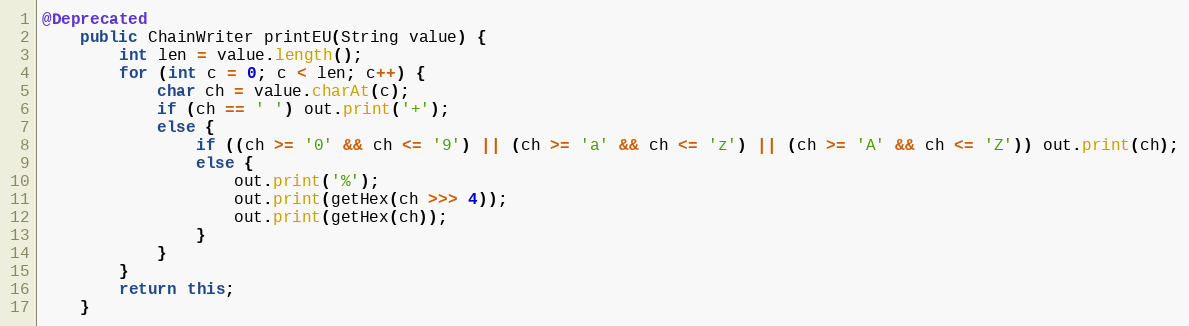
Language: Java
@Deprecated
	public ChainWriter printEU(String value) {
		int len = value.length();
		for (int c = 0; c < len; c++) {
			char ch = value.charAt(c);
			if (ch == ' ') out.print('+');
			else {
				if ((ch >= '0' && ch <= '9') || (ch >= 'a' && ch <= 'z') || (ch >= 'A' && ch <= 'Z')) out.print(ch);
				else {
					out.print('%');
					out.print(getHex(ch >>> 4));
					out.print(getHex(ch));
				}
			}
		}
		return this;
	}